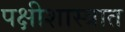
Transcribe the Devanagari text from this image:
पक्षीशास्त्रात